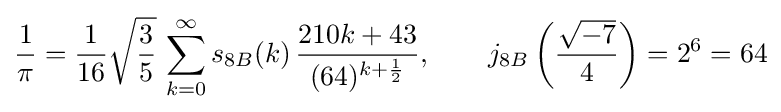
{\frac {1}{\pi }}={\frac {1}{16}}{\sqrt {\frac {3}{5}}}\,\sum _{k=0}^{\infty }s_{8B}(k)\,{\frac {210k+43}{(64)^{k+{\frac {1}{2}}}}},\qquad j_{8B}\left({\frac {\sqrt {-7}}{4}}\right)=2^{6}=64